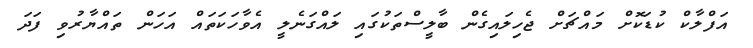
އަފްލާކް ކުޑަކޮށް މައްޗަށް ޖެހިލައިގެން ބާލީސްތަކުގައި ލައްގަނެލީ އެވާހަކަތައް އަހަން ތައްޔާރުވި ފަދަ